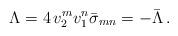
LaTeX: \begin{align*}\Lambda = 4\,v_2^m v_1^n \bar\sigma_{mn} = -\bar\Lambda\, .\end{align*}